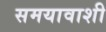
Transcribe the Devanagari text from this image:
समयावाशी